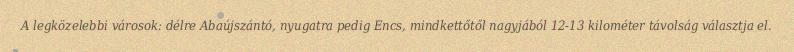
A legközelebbi városok: délre Abaújszántó, nyugatra pedig Encs, mindkettőtől nagyjából 12-13 kilométer távolság választja el.